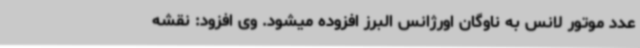
عدد موتور لانس به ناوگان اورژانس البرز افزوده میشود. وی افزود: نقشه